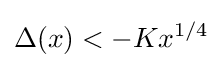
\Delta (x)<-Kx^{1/4}